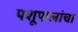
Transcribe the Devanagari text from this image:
पशूपालांचा